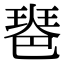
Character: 𤧲